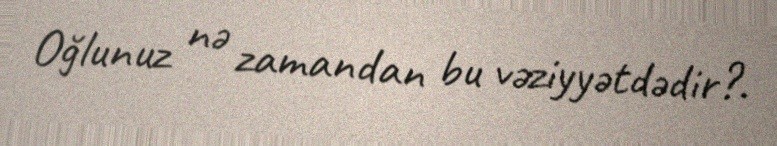
Oğlunuz nə zamandan bu vəziyyətdədir?.